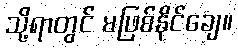
သို့ရာတွင် မဖြစ်နိုင်ချေ။